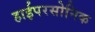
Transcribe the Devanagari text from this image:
हाईपरसोनिक